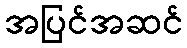
အပြင်အဆင်